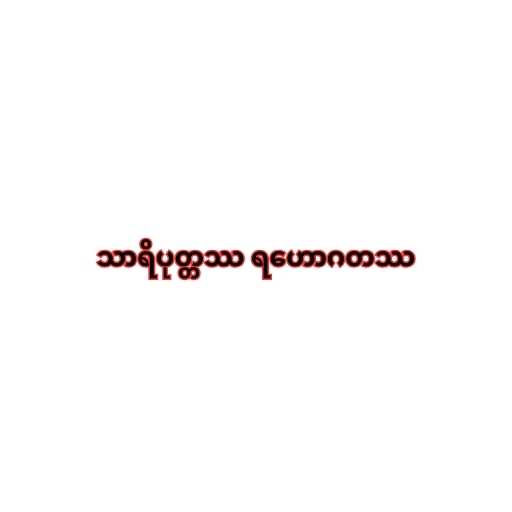
သာရိပုတ္တဿ ရဟောဂတဿ